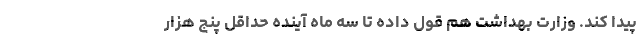
پیدا کند. وزارت بهداشت هم قول داده تا سه ماه آینده حداقل پنج هزار